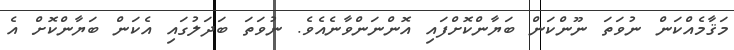
މަޤާމެއްކަން ނުވަތަ ނޫންކަން ބަޔާންކޮށްފައި އޮންނަންވާނެއެވެ. ނުވަތަ ބަދަލުގައި އެކަން ބަޔާންކޮށް އެ